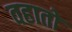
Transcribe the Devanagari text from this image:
वहातो